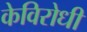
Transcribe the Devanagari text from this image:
केविरोधी